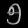
Digit: ၅